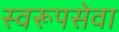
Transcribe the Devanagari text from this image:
स्वरूपसेवा